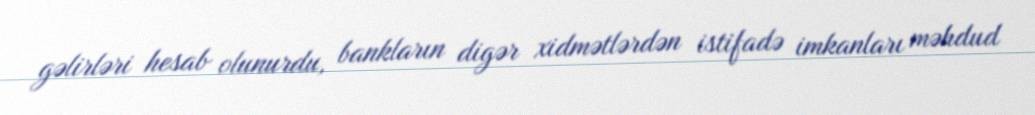
gəlirləri hesab olunurdu, bankların digər xidmətlərdən istifadə imkanları məhdud